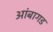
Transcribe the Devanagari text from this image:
आंबागड